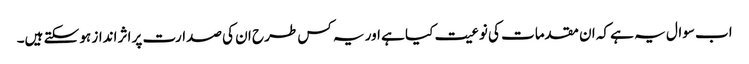
اب سوال یہ ہے کہ ان مقدمات کی نوعیت کیا ہے اور یہ کس طرح ان کی صدارت پر اثر انداز ہو سکتے ہیں۔